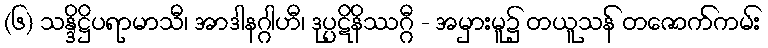
(၆) သန္ဒိဋ္ဌိပရာမာသီ၊ အာဒါနဂ္ဂါဟီ၊ ဒုပ္ပဋိနိဿဂ္ဂီ - အမှားမူ၌ တယူသန် တဇောက်ကမ်း